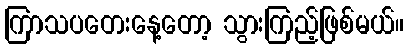
ကြာသပတေးနေ့တော့ သွားကြည့်ဖြစ်မယ်။